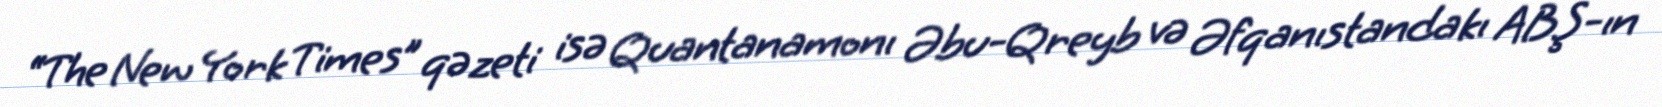
“The New York Times” qəzeti isə Quantanamonı Əbu-Qreyb və Əfqanıstandakı ABŞ-ın